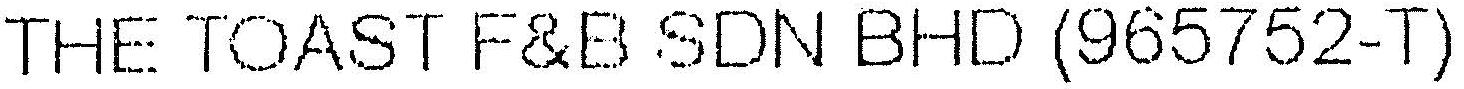
THE TOAST F&B SDN BHD (965752-T)